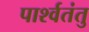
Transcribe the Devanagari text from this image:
पार्श्वतंतु